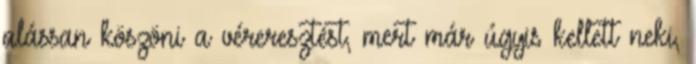
alássan köszöni a véreresztést, mert már úgyis kellett neki,